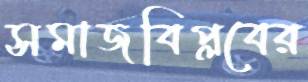
সমাজবিপ্লবের